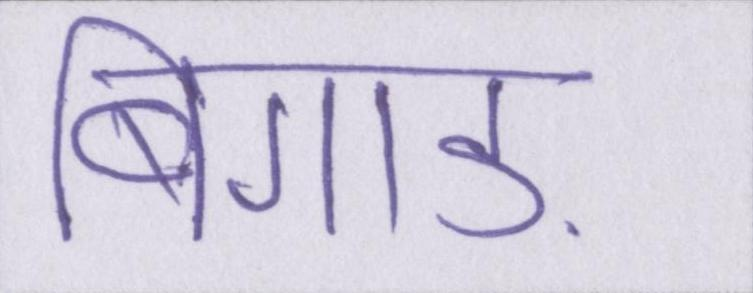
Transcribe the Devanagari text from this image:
बिगाड़